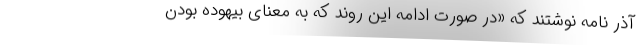
آذر نامه نوشتند که «در صورت ادامه این روند که به معنای بیهوده بودن